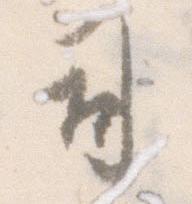
司